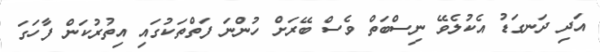
އަދި ދަނގަޑު އެކުލެވޭ ނިސްބަތް ވެސް ބޭރަށް ހުންނަ ފަތްތަކުގައި އިތުރުކަން ފާހަގަ